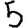
Digit: 5